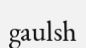
gaulsh